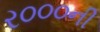
ર૦૦૦ની